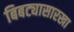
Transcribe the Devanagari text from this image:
बिबट्यासारखा